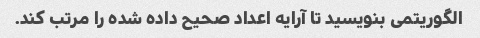
الگوریتمی بنویسید تا آرایه اعداد صحیح داده شده را مرتب کند.